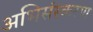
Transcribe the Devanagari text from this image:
अभिसंस्करण